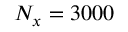
N _ { x } = 3 0 0 0